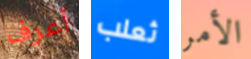
أعرف ثعلب الأمر